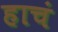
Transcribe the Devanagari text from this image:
हाचं